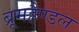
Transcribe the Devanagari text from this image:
ब्रूमहैण्डल